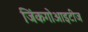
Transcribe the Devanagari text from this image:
जिंकगोआइटीज